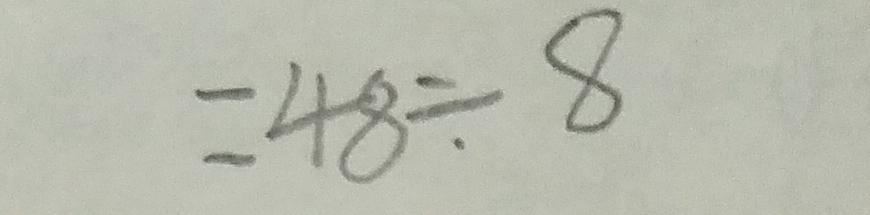
= 4 8 \div 8